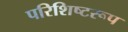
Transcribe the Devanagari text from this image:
परिशिष्टरूप